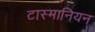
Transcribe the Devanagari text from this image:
टास्मानियन